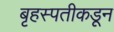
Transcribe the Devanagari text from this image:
बृहस्पतीकडून